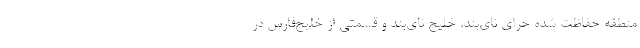
منطقه حفاظت شده حرای نای‌بند، خلیج نای‌بند و قسمتی از خلیج‌فارس در